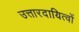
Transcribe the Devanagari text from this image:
उत्तारदायित्वों